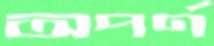
অপর্ণ